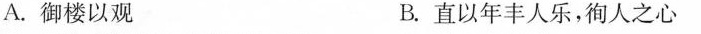
A.御楼以观 B.直以年丰人乐，徇人之心